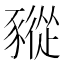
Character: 豵